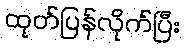
ထုတ်ပြန်လိုက်ပြီး